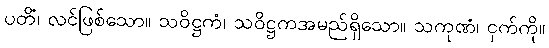
ပတိံ၊ လင်ဖြစ်သော။ သဝိဋ္ဌကံ၊ သဝိဋ္ဌကအမည်ရှိသော။ သကုဏံ၊ ငှက်ကို။